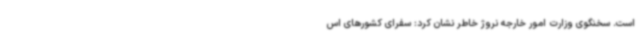
است. سخنگوی وزارت امور خارجه نروژ خاطر نشان کرد: سفرای کشورهای اس